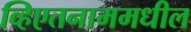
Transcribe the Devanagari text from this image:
व्हिएतनाममधील